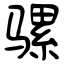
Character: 骡